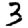
Digit: 3